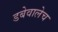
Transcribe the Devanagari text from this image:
डबेवालेच